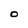
Character: O